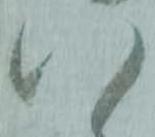
い